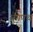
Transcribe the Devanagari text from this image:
युगपथ